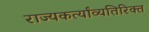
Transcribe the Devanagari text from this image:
राज्यकर्त्यांव्यतिरिक्त